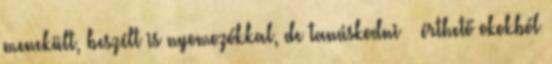
menekült, beszélt is nyomozókkal, de tanúskodni – érthető okokból